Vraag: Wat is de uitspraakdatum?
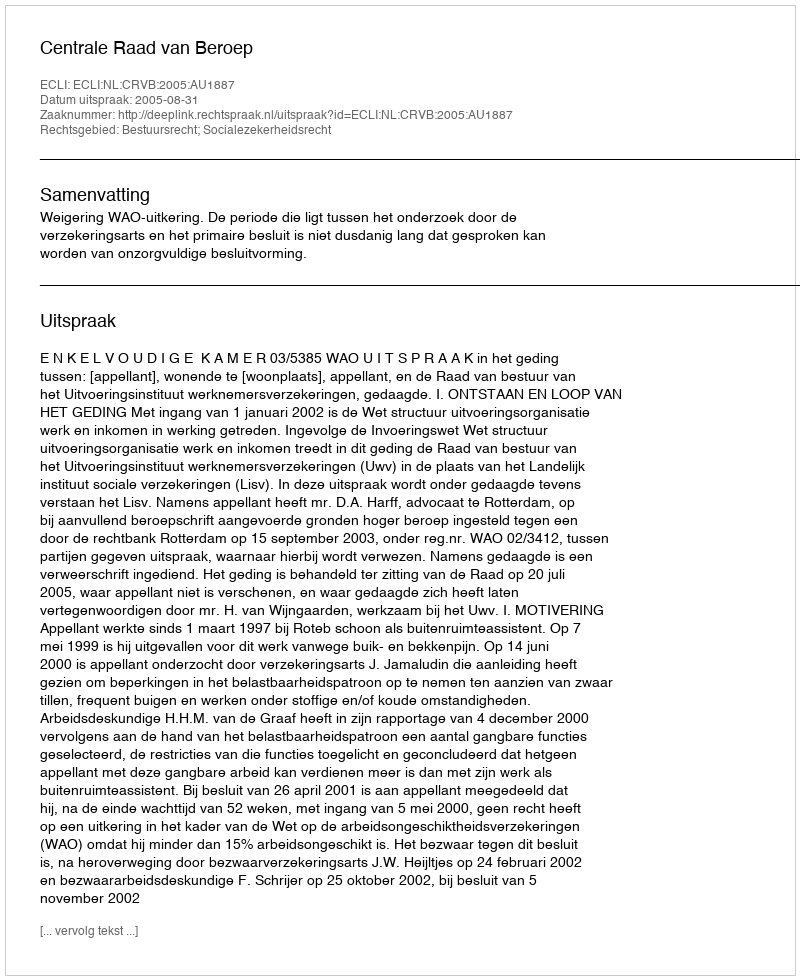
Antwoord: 2005-08-31